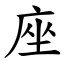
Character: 座